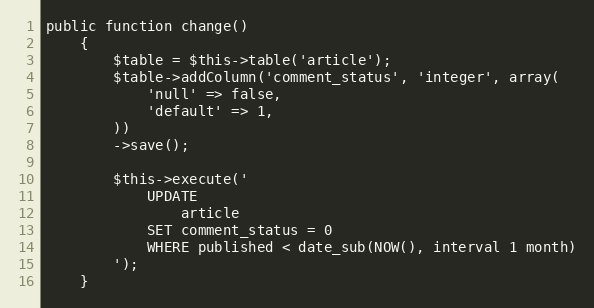
Language: PHP
public function change()
	{
		$table = $this->table('article');
		$table->addColumn('comment_status', 'integer', array(
			'null' => false,
			'default' => 1,
		))
		->save();

		$this->execute('
			UPDATE
				article
			SET comment_status = 0
			WHERE published < date_sub(NOW(), interval 1 month)
		');
	}